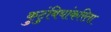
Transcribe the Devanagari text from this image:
कुटुंबियांकरिता